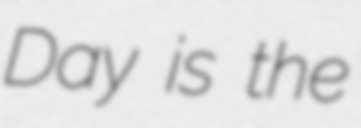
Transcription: Day is the